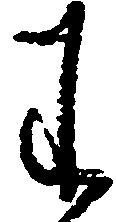
わ